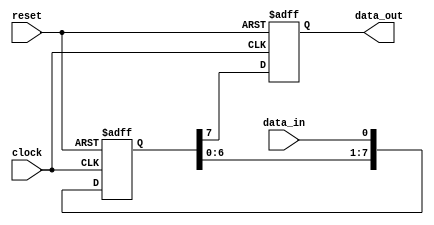
module SISO_shift_register(
    input clock,
    input reset,
    input data_in,
    output reg data_out
);

reg [7:0] shift_reg;

always @(posedge clock or posedge reset) begin
    if (reset) begin
        shift_reg <= 8'b0;
        data_out <= 1'b0;
    end else begin
        shift_reg <= {shift_reg[6:0], data_in};
        data_out <= shift_reg[7];
    end
end

endmodule